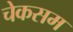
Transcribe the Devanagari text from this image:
चेकसम